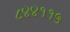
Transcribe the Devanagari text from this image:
८४४११५